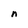
Character: n